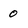
Character: 0